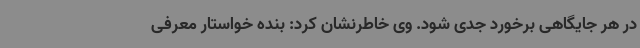
در هر جایگاهی برخورد جدی شود. وی خاطرنشان کرد: بنده خواستار معرفی